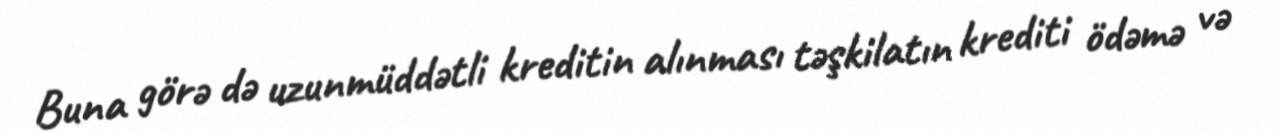
Buna görə də uzunmüddətli kreditin alınması təşkilatın krediti ödəmə və